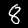
Label: 8